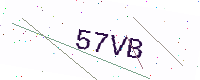
Text: 57VB